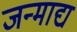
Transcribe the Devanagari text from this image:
जन्माद्य